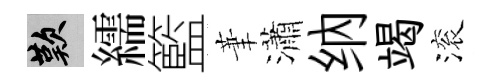
嘆繻籃茟瀟纳竭滚